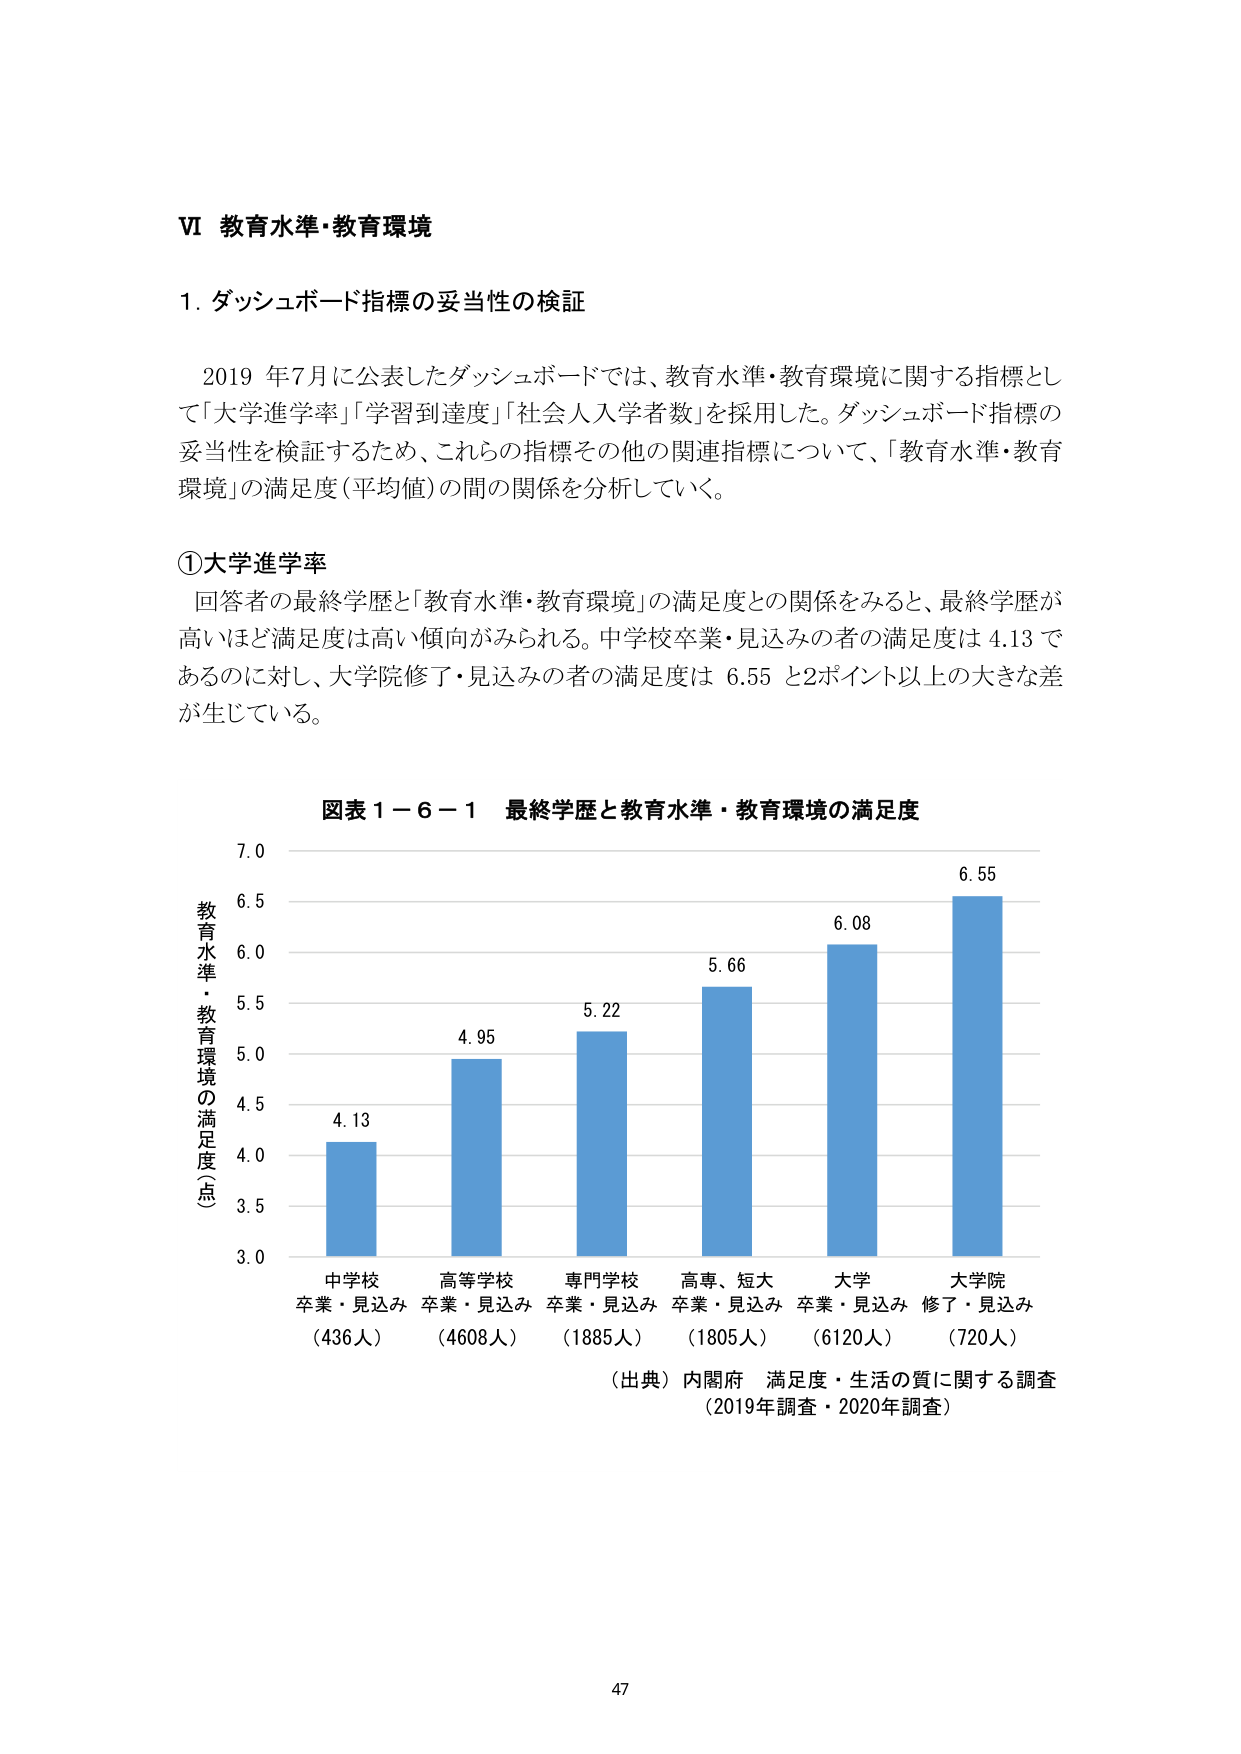
VI 教育水準・教育環境

1. ダッシュボード指標の妥当性の検証

2019 年7月に公表したダッシュボードでは、教育水準・教育環境に関する指標として「大学進学率」「学習到達度」「社会人入学者数」を採用した。ダッシュボード指標の妥当性を検証するため、これらの指標その他 の関連指標について、「教育水準・教育環境」の満足度（平均値）の間の関係を分析していく。

①大学進学率

回答者の最終学歴と「教育水準・教育環境」の満足度との関係をみると、最終学歴が高いほど満足度は高い傾向がみられる。中学校卒業・見込みの者の満足度は 4.13 であるのに対し、大学院修了・見込みの者の満足度は 6.55 と2ポイント以上 の大きな差が生じている。

図表 1－6－1 最終学歴と教育水準・教育環境の満足度

教育水準・教育環境の満足度（点）
7.0
6.5
6.0
5.5
5.0
4.5
4.0
3.5
3.0

中学校
卒業・見込み
（436人）
4.13

高等学校
卒業・見込み
（4608人）
4.95

専門学校
卒業・見込み
（1885人）
5.22

高専・短大
卒業・見込み
（1805人）
5.66

大学
卒業・見込み
（6120人）
6.08

大学院
修了・見込み
（720人）
6.55

（出典）内閣府 満足度・生活の質に関する調査
（2019年調査・2020年調査）

47